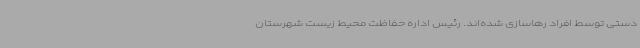
دستی توسط افراد رهاسازی شده‌اند. رئیس اداره حفاظت محیط زیست شهرستان